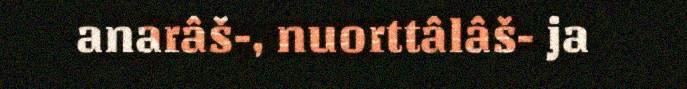
anarâš-, nuorttâlâš- ja